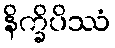
နိက္ခိပိဿံ